Mental hospitals Bombay report 1921-28 - 1921-1928
Year: 1921
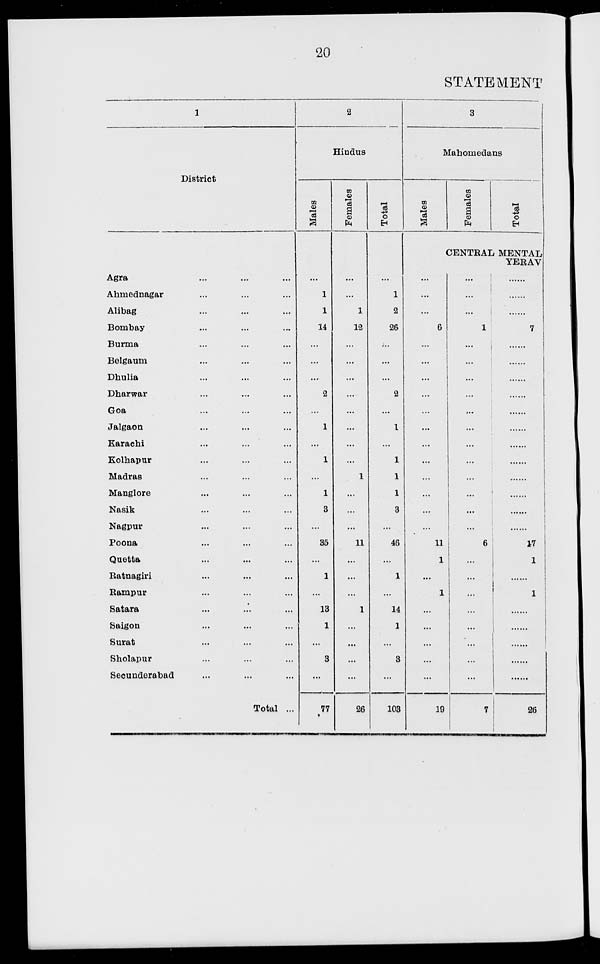
20
STATEMENT
1
District
Agra ... ... ...
Ahmednagar ... ... ...
Alibag ... ... ...
Bombay ... ... ...
Burma ... ... ...
Belgaum ... ... ...
Dhulia ... ... ...
Dharwar ... ... ...
Goa ... ... ...
Jalgaon ... ... ...
Karachi ... ... ...
Kolhapur ... ... ...
Madras ... ... ...
Manglore ... ... ...
Nasik ... ... ...
Nagpur ... ... ...
Poona ... ... ...
Quetta ... ... ...
Ratnagiri ... ... ...
Rampur ... ... ...
Satara ... ... ...
Saigon ... ... ...
Surat ... ... ...
Sholapur ... ... ...
Secunderabad ... ... ...
Total ...
2
Hindus
Males
...
1
1
14
...
...
...
2
...
1
...
1
...
1
3
...
35
...
1
...
13
1
...
3
...
77
Females
...
...
1
12
...
...
...
...
...
...
...
...
1
...
...
...
11
...
...
...
1
...
...
...
...
26
Total
...
1
2
26
...
...
...
2
...
1
...
1
1
1
3
...
46
...
1
...
14
1
...
3
...
103
3
Mahomedans
Males
Females
Total
CENTRAL MENTAL
YERAV
...
...
...
6
...
...
...
...
...
...
...
...
...
...
...
...
11
1
...
1
...
...
...
...
...
19
...
...
...
1
...
...
...
...
...
...
...
...
...
...
...
...
6
...
...
...
...
...
...
...
...
7
......
......
......
7
......
......
......
......
......
......
......
......
......
......
......
......
17
1
......
1
......
......
......
......
......
26